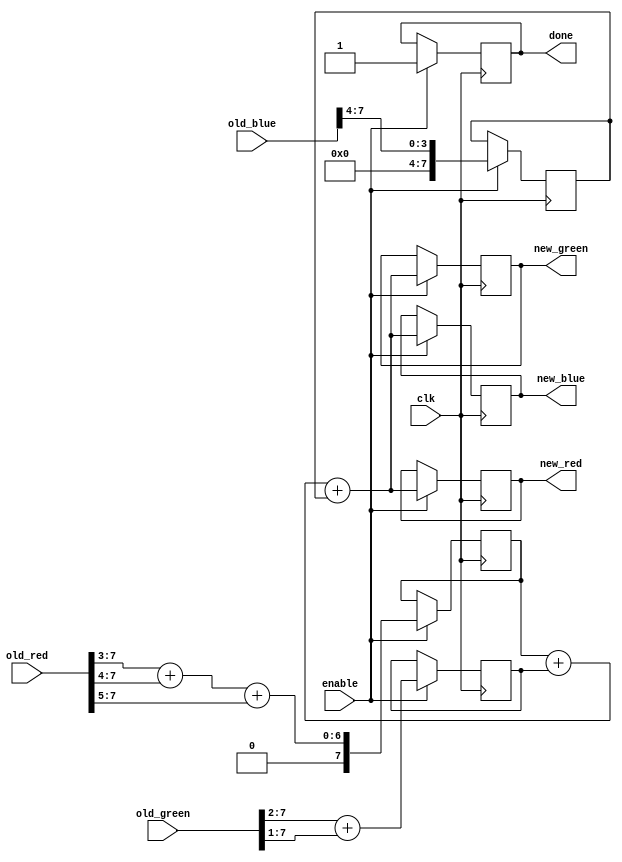
`timescale 1ns / 1ps

module ImageTransformation(
	input [7:0] old_red,
    	input [7:0] old_green,
    	input [7:0] old_blue,
	input clk,
	input enable,
    	output reg [7:0] new_red,
    	output reg [7:0] new_green,
    	output reg [7:0] new_blue,
	output reg done
    );

	reg [7:0] tempold_red;
	reg [7:0] tempold_green;
	reg [7:0] tempold_blue;
	wire [7:0] tempnew_red;


	assign tempnew_red = tempold_red + tempold_green + tempold_blue;

	always @ (posedge clk) begin
		if(enable) begin
			tempold_red <= (old_red >> 3) + (old_red >> 4) + (old_red >> 5);
			tempold_green <= ((old_green >> 2) + (old_green >> 1));
			tempold_blue <= (old_blue >> 4);
			new_red <= tempnew_red;
			new_green <= tempnew_red;
			new_blue <= tempnew_red;
			done <= 1'b1;
		end
	end


endmodule